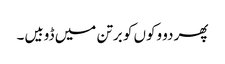
پھر دو وکوں کو برتن میں ڈوبیں۔